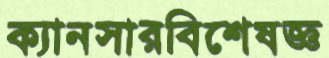
ক্যানসারবিশেষজ্ঞ